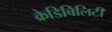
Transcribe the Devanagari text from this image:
क्रेडिबिलिटी